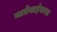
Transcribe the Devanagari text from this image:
नातेवाईकास